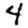
Digit: 4